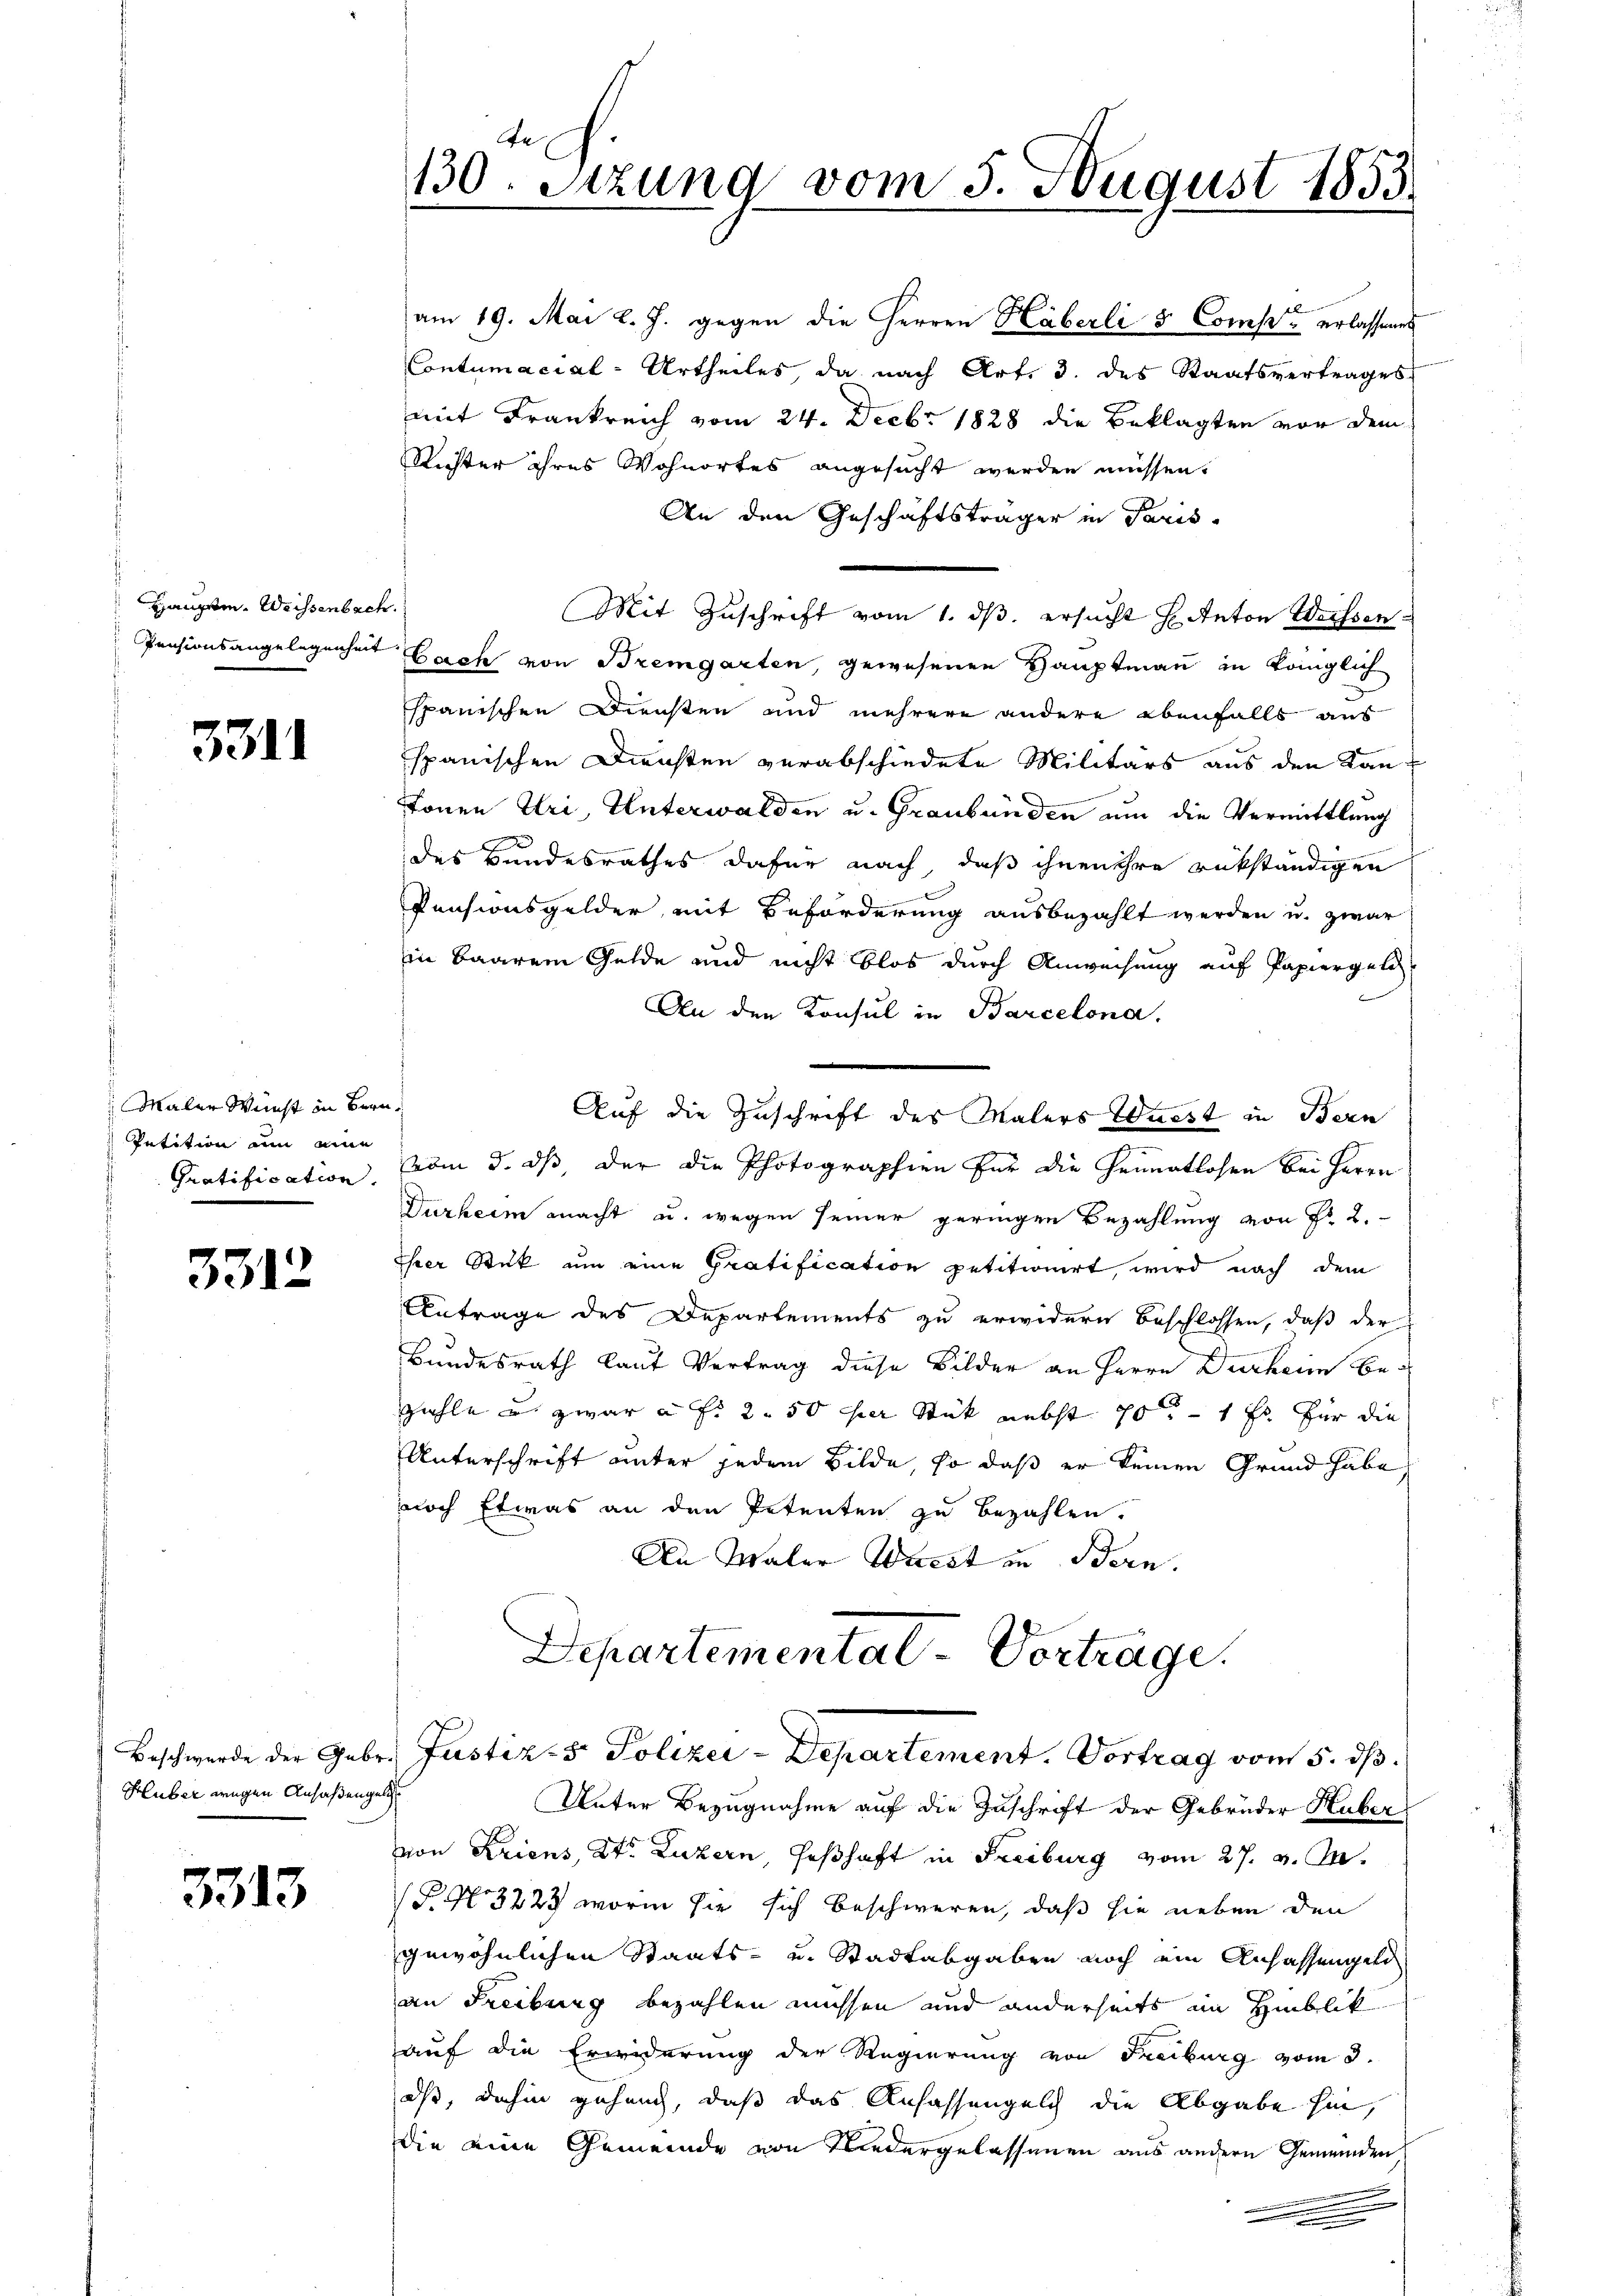
Hauptm. Weissenbach.

331.

Maler Wunst in Bern,
Petition um eine

3312

Huber wegen Ansäßengel

3313

An
130. Stzung vom 3. August 1853.

am 19. Mai l. J. gegen die Herren Häberli & Compt erlassenes
Contumacial-Urtheiles, da nach Art. 3. des Staatsvertrages
mit Frankreich vom 24. Decbr. 1828 die Beklagten vor dem
Kister ihres Wohnortes angesucht werden müssen.
An den Geschäftsträger in Paris-
Mit Zuschrift vom 1. dβ. ersucht H. Anton Weissen:
Pensionsangelegenheit Bach von Bremgarten, gewesenen Hauptmann in königlich
spanischen Diensten und mehrere andere ebenfalls aus
spanischen Diensten verabschiedete Militärs aus den Kan-
tonen Uri, Unterwalden u. Graubünden um die Vermittlung
des Bundesrathes dafür nach, daß ihnen ihre rükständigen
Pensionsgelder mit Beförderung ausbezahlt werden u. zwar
in Baarem Gelde und nicht blos durch Anweisung auf Papiergele
An den Konsul in Barcelona.
Auf die Zuschrift des Malers Wurst in Bern
Gratification, vom 3. ds, der die Photographien für die Heimatlosen bei Herrn
Durheim macht u. wegen seiner geringen Bezahlung von Fr. 2.
Ihrer Stück um eine Gratification petitionirt, wird nach dem
Antrage des Departements zu erwidern beschlossen, daß der
Bundesrath laut Vertrag diese Bilder an Herrn Ducharin bezahle u. zwar a. f. 2. 50 der Stück nebst 70 – 1 Fr. für die
F
Unterschrift unter jedem Bilde, so daß er keinen Grund habe
noch etwas an den Petenten zu bezahlen.
An Maler Wacht in Bern.
Departemental-Vertrage.

Beschwerde der Gebr. Justiz- & Polizei-Departement. Vortrag vom 5. dβ.

Unter Bezugnahme auf die Zuschrift der Gebrüder Huber
von Kriens, St. Luzern, Feßhaft in Freiburg vom 27. v. M.
(P. Nr. 372, worin sie sich beschweren, daß sie neben den
gewöhnlichen Staats- u. Stadtabgaben noch ein Anhassengel
an Freiburg bezahlen müssen und anderseits im Hinblik
auf die Erwiderung der Regierung von Freiburg vom 3.
dß, dahin gehang, daß das Anfassengelch die Abgabe hin,
die eine Gemeinde von Niedergelassenen aus andern Gemeinden,
e